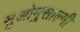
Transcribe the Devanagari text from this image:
सुओमुसाल्मी